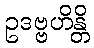
ဥဒဗ္ဗဟိန္တိ